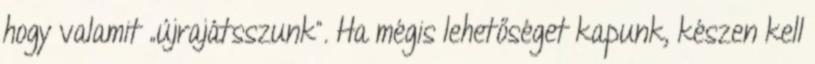
hogy valamit „újrajátsszunk”. Ha mégis lehetőséget kapunk, készen kell